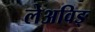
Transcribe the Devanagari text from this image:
लेअविङ्